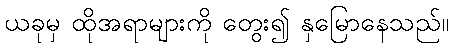
ယခုမှ ထိုအရာများကို တွေး၍ နှမြောနေသည်။